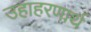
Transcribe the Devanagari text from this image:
उहाहरणार्थ